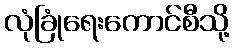
လုံခြုံရေးကောင်စီသို့